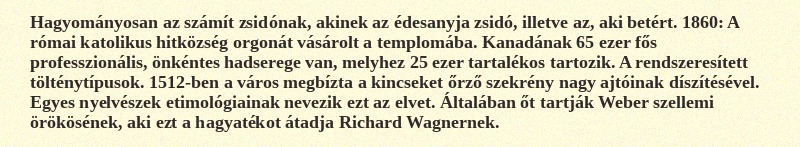
Hagyományosan az számít zsidónak, akinek az édesanyja zsidó, illetve az, aki betért. 1860: A római katolikus hitközség orgonát vásárolt a templomába. Kanadának 65 ezer fős professzionális, önkéntes hadserege van, melyhez 25 ezer tartalékos tartozik. A rendszeresített tölténytípusok. 1512-ben a város megbízta a kincseket őrző szekrény nagy ajtóinak díszítésével. Egyes nyelvészek etimológiainak nevezik ezt az elvet. Általában őt tartják Weber szellemi örökösének, aki ezt a hagyatékot átadja Richard Wagnernek.